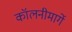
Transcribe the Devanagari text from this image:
कॉलनीमार्गे